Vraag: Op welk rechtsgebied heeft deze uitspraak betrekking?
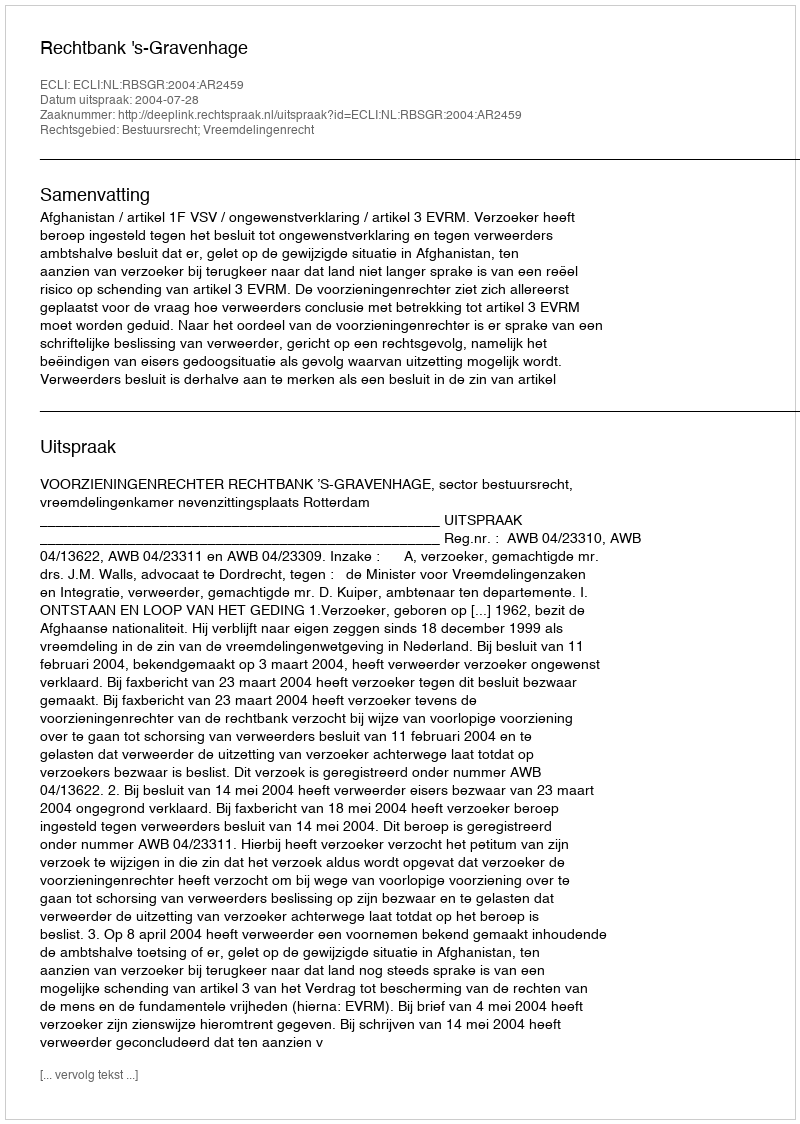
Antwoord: Bestuursrecht; Vreemdelingenrecht